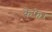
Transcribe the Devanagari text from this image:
कैफेर